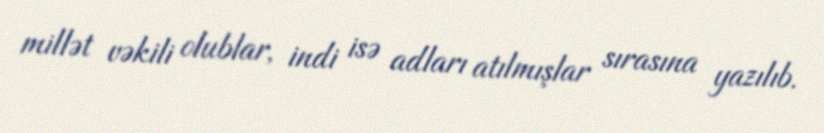
millət vəkili olublar, indi isə adları atılmışlar sırasına yazılıb.